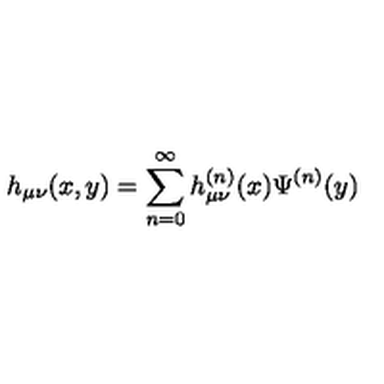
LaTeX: h _ { \mu \nu } ( x , y ) = \sum _ { n = 0 } ^ { \infty } h _ { \mu \nu } ^ { ( n ) } ( x ) \Psi ^ { ( n ) } ( y )